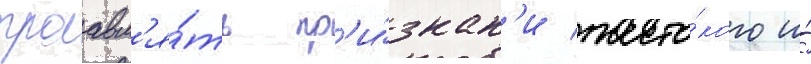
проавл'я́ть пр'и́знак'и жесто́кого и́